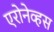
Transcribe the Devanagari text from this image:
एरोनेव्हस